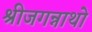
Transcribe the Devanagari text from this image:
श्रीजगन्नाथो